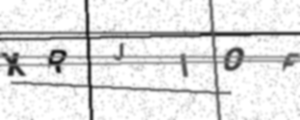
Text: XRJIOF